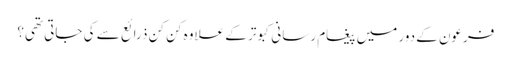
فرعون کے دور میں پیغام رسانی کبوتر کے علاوہ کن کن ذرائع سے کی جاتی تھی؟